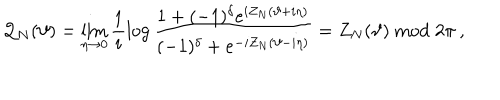
{ \cal Q } _ { N } ( \vartheta ) = \mathop { \lim } _ { \eta \rightarrow 0 } \frac { 1 } { i } \log \frac { 1 + ( - 1 ) ^ { \delta } e ^ { i Z _ { N } ( \vartheta + i \eta ) } } { ( - 1 ) ^ { \delta } + e ^ { - i Z _ { N } ( \vartheta - i \eta ) } } = Z _ { N } ( \vartheta ) \bmod 2 \pi \: ,